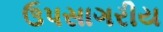
ઉપસાગરીય